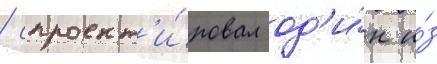
/ спроект'и́ровал од'и́н и́з